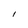
Character: l